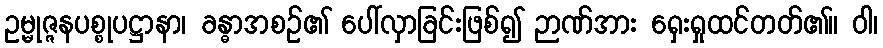
ဥမ္မုဇ္ဇနပစ္စုပဋ္ဌာနာ၊ ခန္ဓာအစဉ်၏ ပေါ်လှာခြင်းဖြစ်၍ ဉာဏ်အား ရှေးရှုထင်တတ်၏။ ဝါ၊